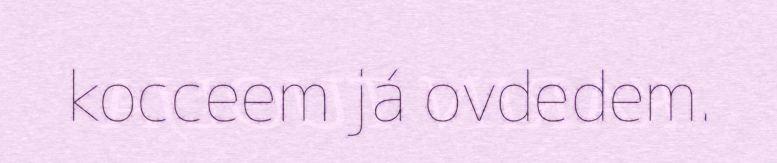
kocceem já ovdedem.